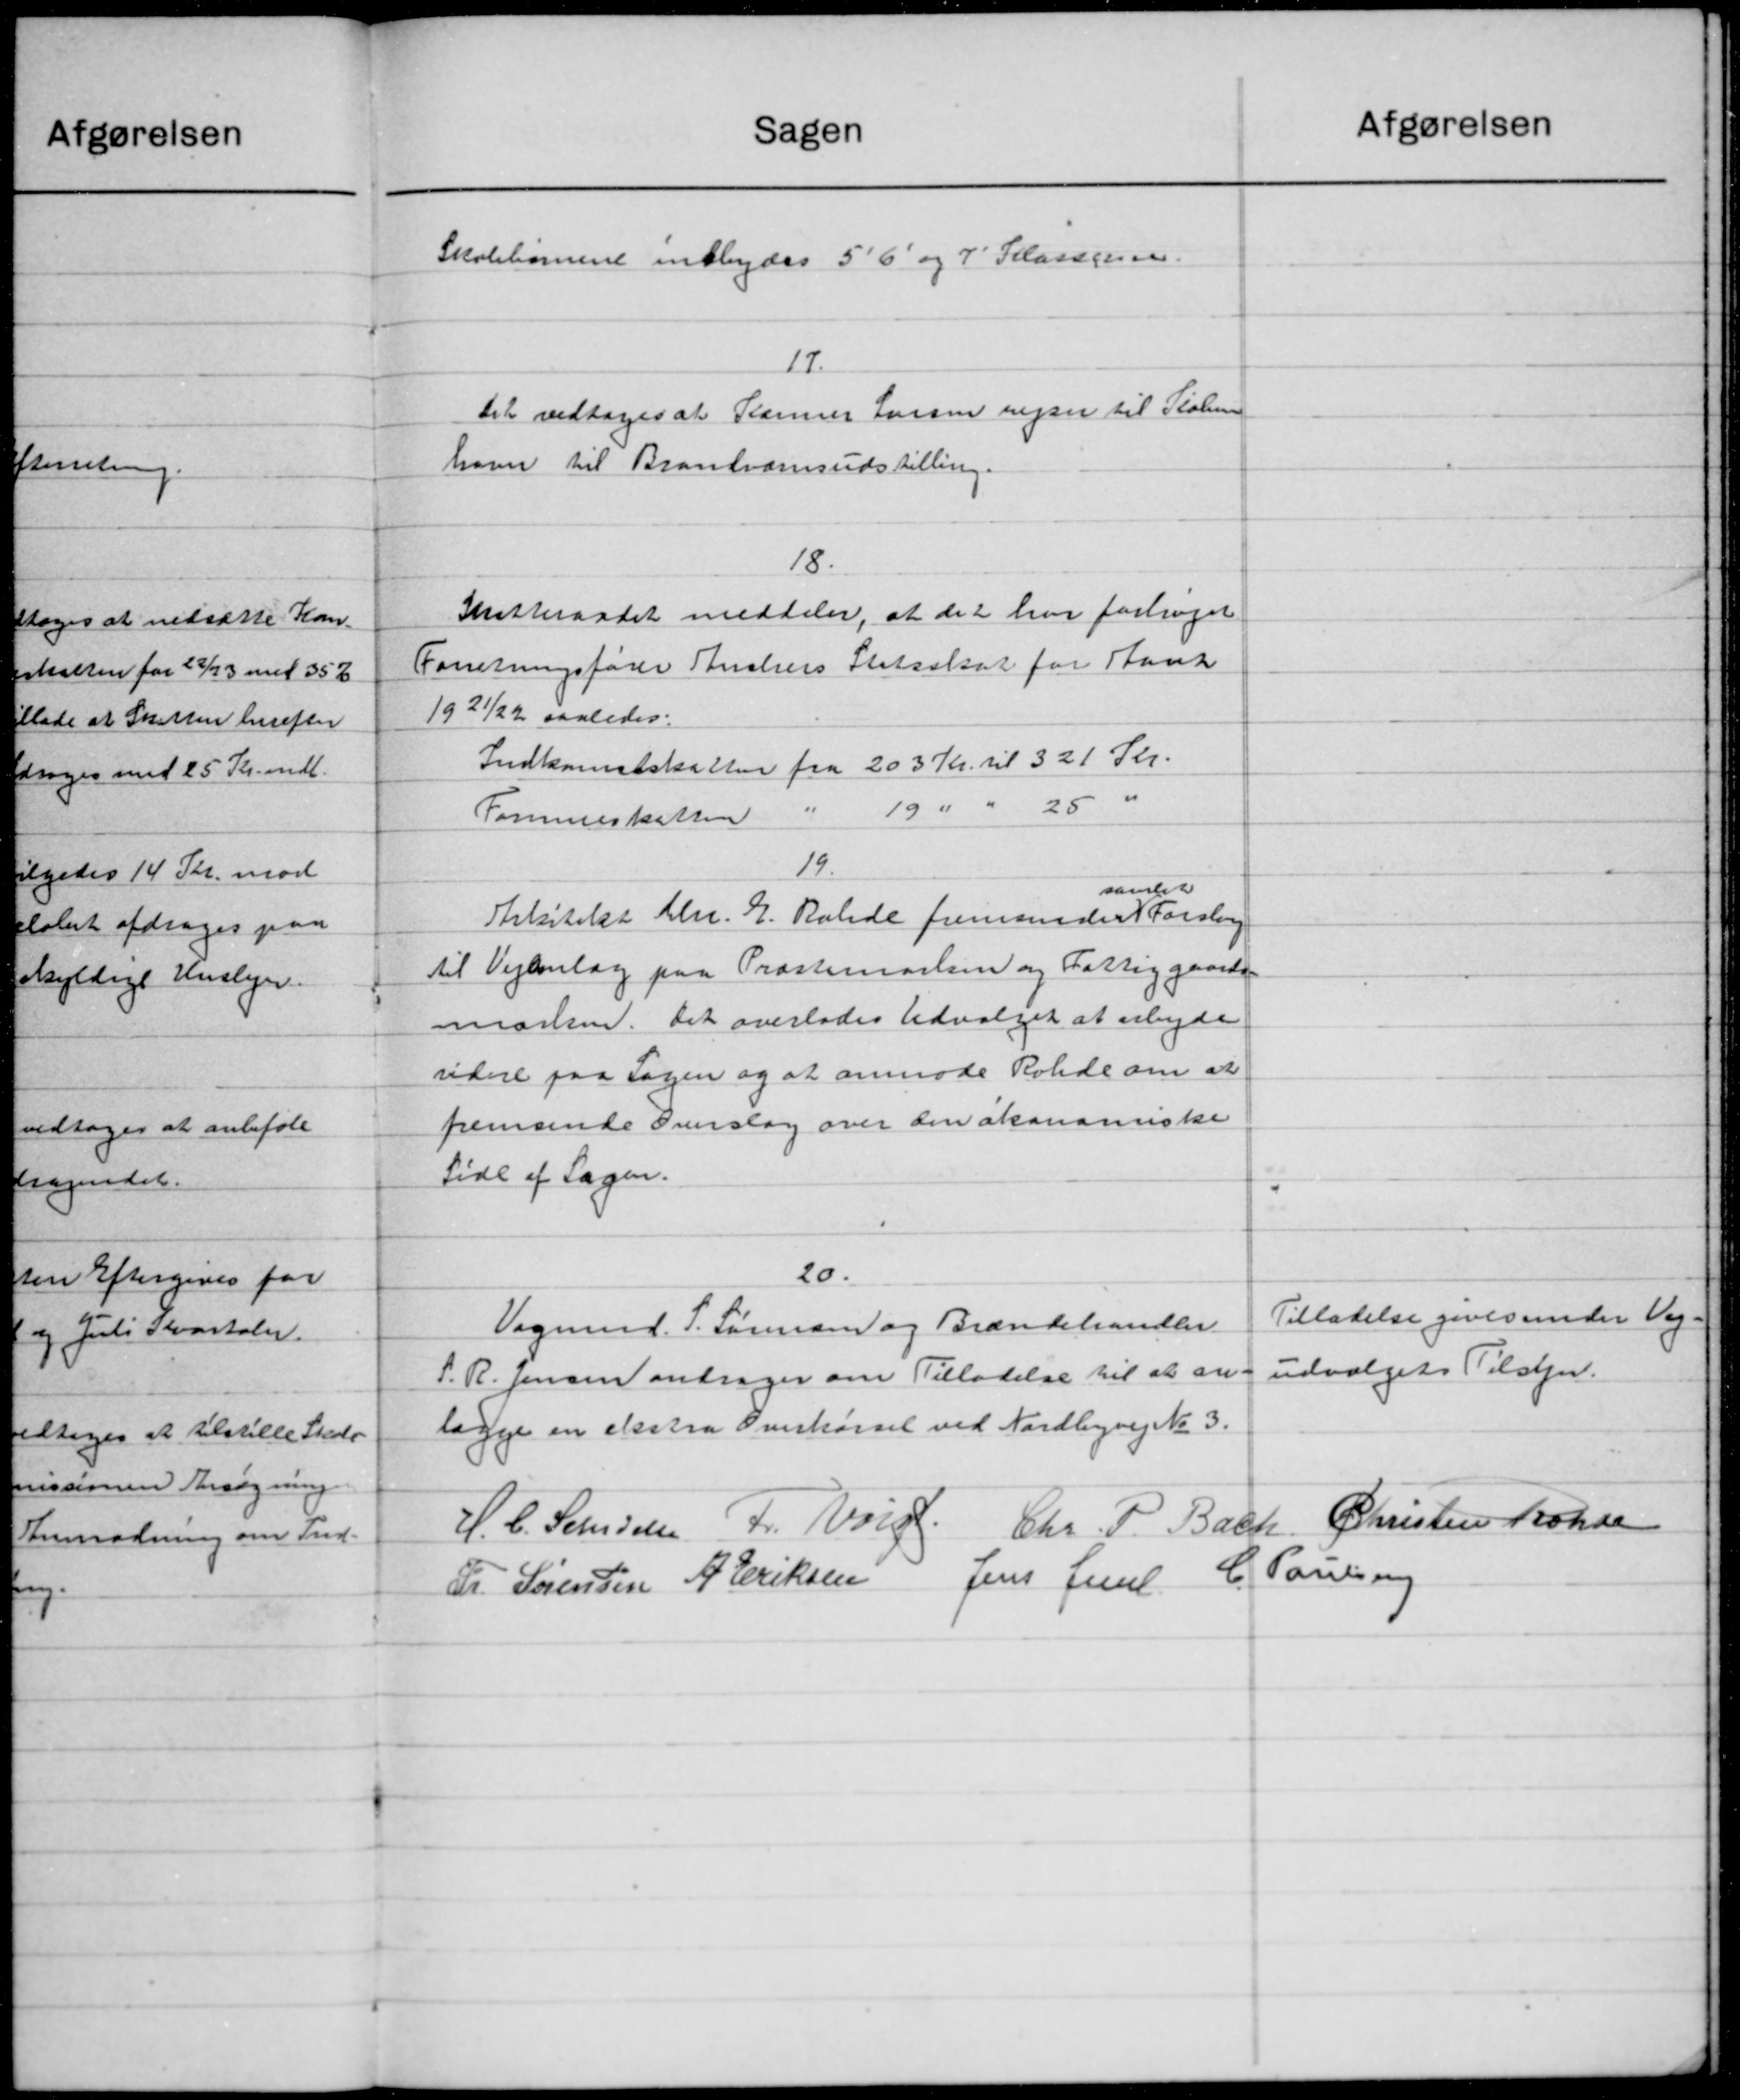
Transskription:
afgørelsen
Sagen
Skolebørnene indbydes 56 og 7' Klassen.
17.
Det vedtoges at Rammer Larsen rejser til Skolen
have til Brandværnsudstilling.
18.
Skatteraadet meddeler, at det har fortaget
Forretningsfører Stuckers Statsskat for Stank
1921/22 saaledes:
Indkomstskatten fra 203 Kr. til 321 Skr.
Formueskatten" 19 " " 25
19.
samlet
Stakitekt th. E. Ralde fremsender Forslag
til Vejanlæg paa Præstemarksen og Fattiggaards
marke. Det overlades Udvalget at arbejde
videre paa Sagen og at anmode Rohde om at
fremsende Overslag over den økonomiske
Side af Sagen.
20.
Tilladelse givesunder Vej-
Vognmd. P. Sørensen og Brændehandler
udvalgets Tilsyn.
P. R. Jensen andrager om Tilladelse til at an-
lægge en ekstra Overkørsel ved Nordbyvej No 3.
Christen Rohde
H. C. Landsen Fr. Valgt
Chr. P. Bach
C. Poulsen
Fr. Sørensen A. Eriksen Jens Juul